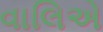
વાલિએ